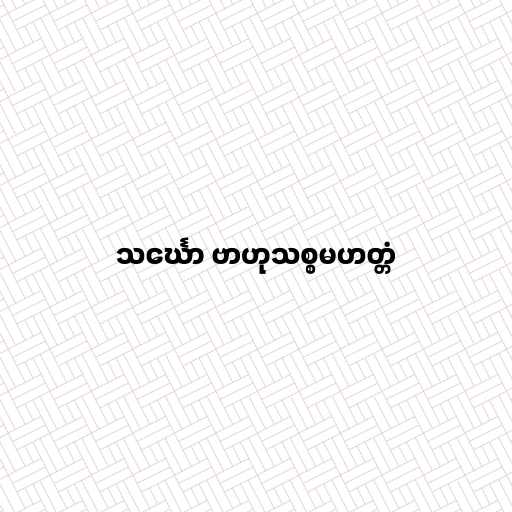
သင်္ဃော ဗာဟုသစ္စမဟတ္တံ